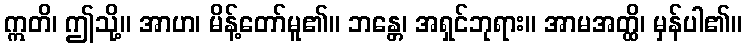
ဣတိ၊ ဤသို့။ အာဟ၊ မိန့်တော်မူ၏။ ဘန္တေ၊ အရှင်ဘုရား။ အာမအတ္ထိ၊ မှန်ပါ၏။